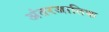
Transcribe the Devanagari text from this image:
अंतरजातिक